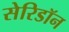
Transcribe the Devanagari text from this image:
सेरिडॉन